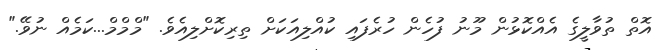
އޮތް ތުވާލީގެ އެއްކޮޅުން މޫނު ފުހެން ހުރެފައި ކުއްލިއަކަށް ތިރިކޮށްލިއެވެ. "މްމްމް...ކަމެއް ނުވޭ."